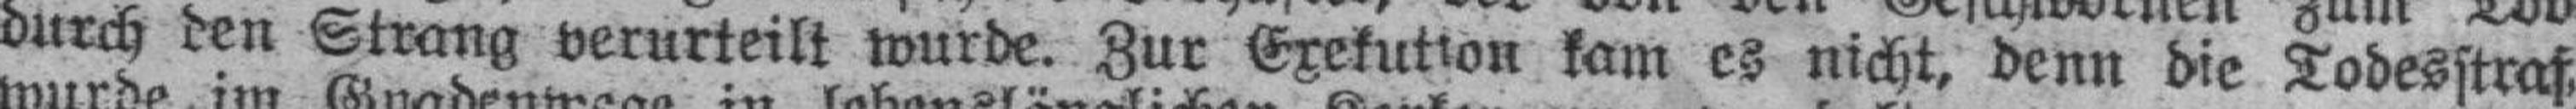
durch den Strang verurteilt wurde. Zur Exekution kam es nicht, denn die Todesstraf